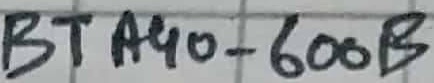
Text: BTA40-600B